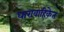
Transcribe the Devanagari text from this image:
धारावाहिकेत